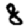
Digit: 8